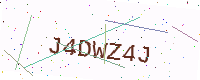
Text: J4DWZ4J